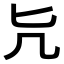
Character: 𠘩